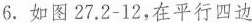
6.如图27.2-12，在平行四边形